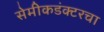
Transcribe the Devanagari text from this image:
सेमीकडंक्टरचा